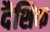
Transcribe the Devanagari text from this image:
दैशिक